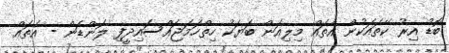
ބޮޑު އިރު ކޭތައަކުން އެތައް މިލިއަން ބަޔަކު ހިތްހަމަޖައްސައިދީފި ލަންޑަން - އެތައް